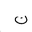
Letter: _non